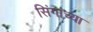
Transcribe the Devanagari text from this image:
सिंगांच्या